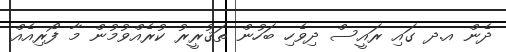
ދެން އ.ދ ގައި ރައީސް ދިވެހި ބަހުން ތަޤުރީރު ކުރެއްވުމުން މާ ފޯރިއެއް